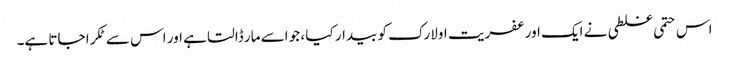
اس حتمی غلطی نے ایک اور عفریت اولارک کو بیدار کیا ، جو اسے مار ڈالتا ہے اور اس سے ٹکرا جاتا ہے۔